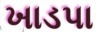
ખાડપા